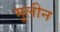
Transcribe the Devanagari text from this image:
मूलीन